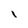
Character: I